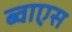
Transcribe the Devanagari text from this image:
ब्वाएस